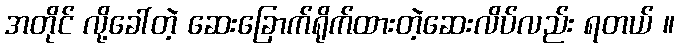
အတိုင် လို့ခေါ်တဲ့ ဆေးခြောက်ရိုက်ထားတဲ့ဆေးလိပ်လည်း ရတယ် ။